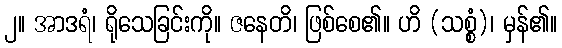
၂။ အာဒရံ၊ ရိုသေခြင်းကို။ ဇနေတိ၊ ဖြစ်စေ၏။ ဟိ (သစ္စံ)၊ မှန်၏။